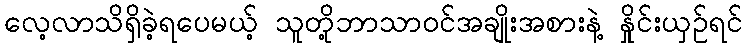
လေ့လာသိရှိခဲ့ရပေမယ့် သူတို့ဘာသာဝင်အချိုးအစားနဲ့ နှိုင်းယှဉ်ရင်